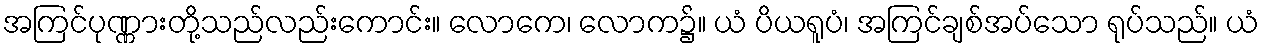
အကြင်ပုဏ္ဏားတို့သည်လည်းကောင်း။ လောကေ၊ လောက၌။ ယံ ပိယရူပံ၊ အကြင်ချစ်အပ်သော ရုပ်သည်။ ယံ